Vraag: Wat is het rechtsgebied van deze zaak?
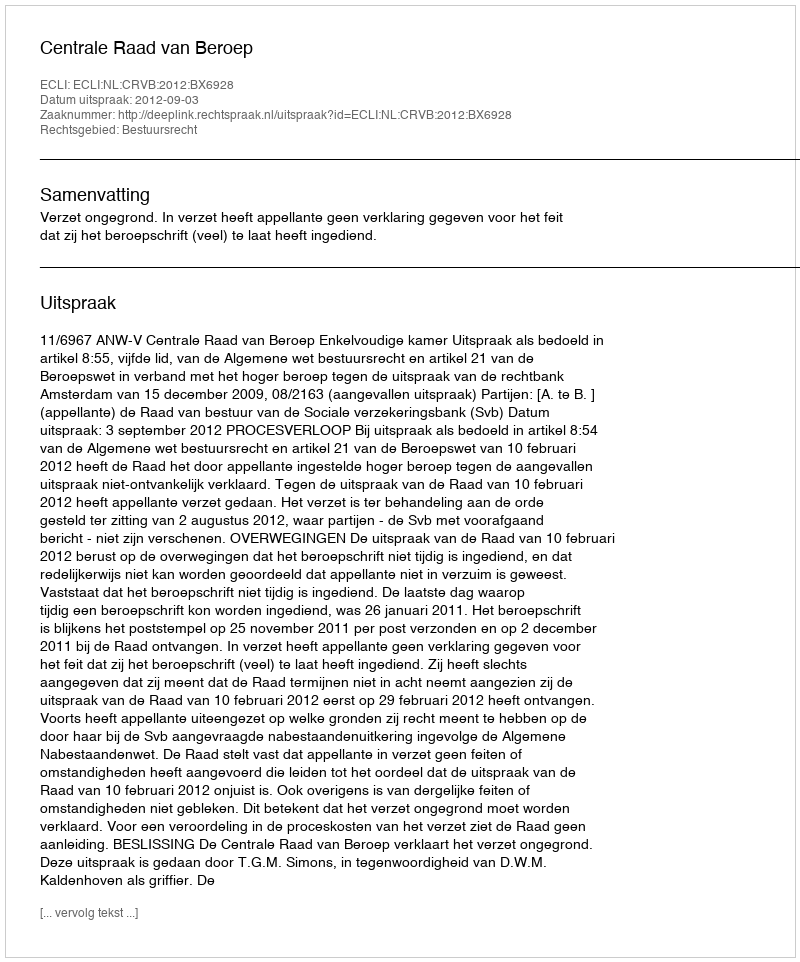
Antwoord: Bestuursrecht